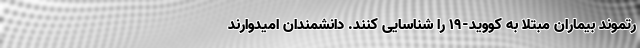
رتموند بیماران مبتلا به کووید-۱۹ را شناسایی کنند. دانشمندان امیدوارند